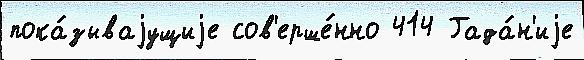
пока́зываjущиjе сов'ерше́нно 414 Гада́н'иjе